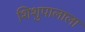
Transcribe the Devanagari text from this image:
शिशुपालाला